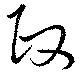
政